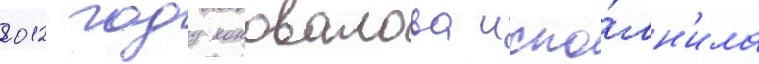
2012 году коновалова испо́лн'ила